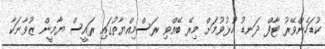
ކުޑަހެންވޭރު ޓާފް ދަނޑު ހުޅުވުމަށް މިރޭ ބޭއްވި ރަސްމިއްޔާތުގައި ރައީސް ޔާމީން ޒުވާނަކާ